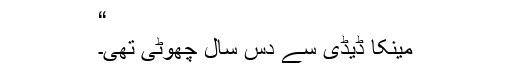
“
مینکا ڈیڈی سے دس سال چھوٹی تھی۔